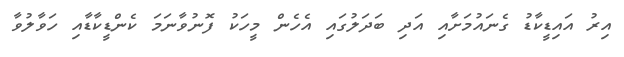
އިރު އައިޑީކާޑު ގެނައުމަށާއި އަދި ބަދަލުގައި އެހެން މީހަކު ފޮނުވާނަމަ ކެންޑީކާޑާއި ހަވާލުވާ